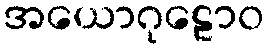
အယောဂုဠောဝ